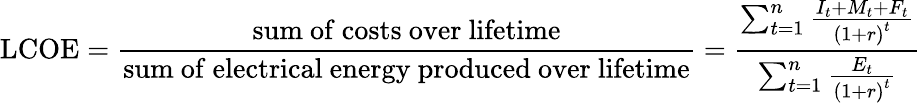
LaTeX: \mathrm{LCOE}={\frac{\mathrm{sum~of~costs~over~lifetime}}{\mathrm{sum~of~electrical~energy~produced~over~lifetime}}}={\frac{\sum_{t=1}^{n}{\frac{I_{t}+M_{t}+F_{t}}{\left({1+r}\right)^{t}}}}{\sum_{t=1}^{n}{\frac{E_{t}}{\left({1+r}\right)^{t}}}}}